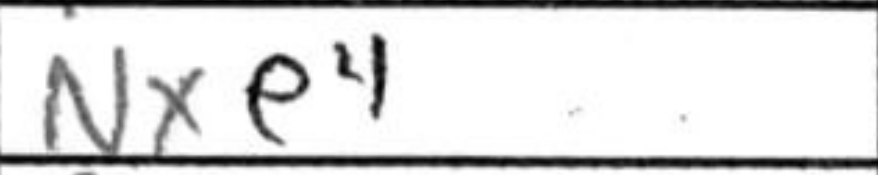
Transcription: Nxe4